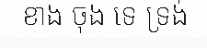
ខាង ចុង ទេ ទ្រង់